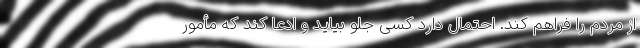
از مردم را فراهم کند. احتمال دارد کسی جلو بیاید و ادعا کند که مأمور